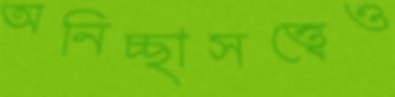
অনিচ্ছাসত্ত্বেও